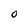
Character: O